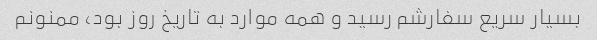
بسیار سریع سفارشم رسید و همه موارد به تاریخ روز بود، ممنونم